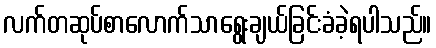
လက်တဆုပ်စာလောက်သာရွေးချယ်ခြင်းခံခဲ့ရပါသည်။